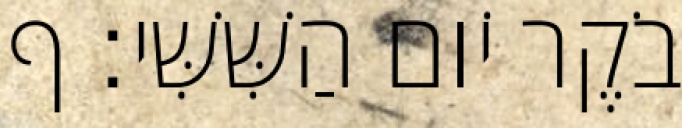
בֹקֶר יֹום הַשִּׁשִּׁי׃ ף